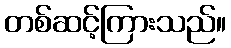
တစ်ဆင့်ကြားသည်။